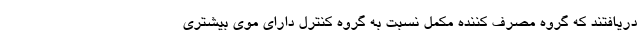
دریافتند که گروه مصرف کننده مکمل نسبت به گروه کنترل دارای موی بیشتری